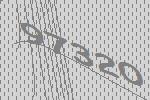
97320